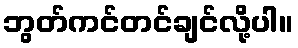
ဘွတ်ကင်တင်ချင်လို့ပါ။